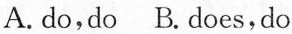
A. do,do B.does,do